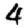
Digit: 4